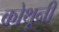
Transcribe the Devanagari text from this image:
कोथूनी